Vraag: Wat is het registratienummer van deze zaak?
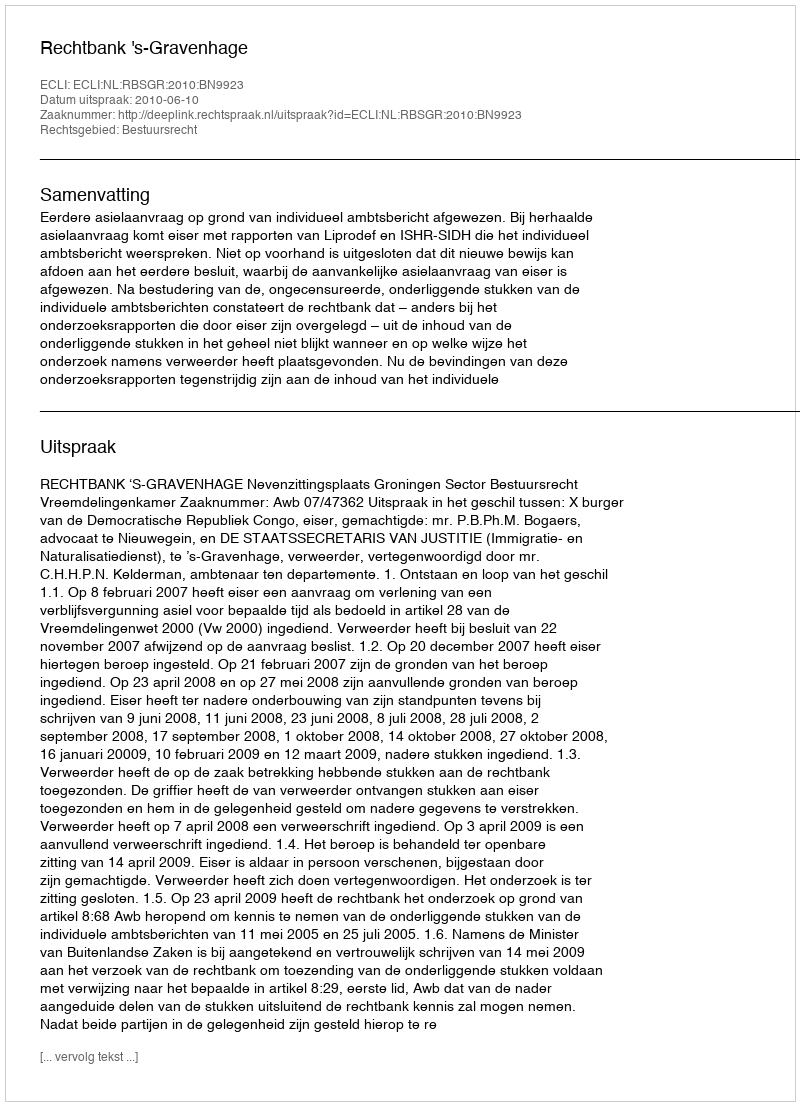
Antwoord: http://deeplink.rechtspraak.nl/uitspraak?id=ECLI:NL:RBSGR:2010:BN9923